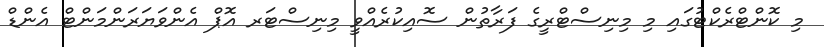
މި ކޮންޓްރެކްޓުގައި މި މިނިސްޓްރީގެ ފަރާތުން ސޮއިކުރެއްވީ މިނިސްޓަރ އޮޕް އެންވަޔަރަންމަންޓް އެންޑް